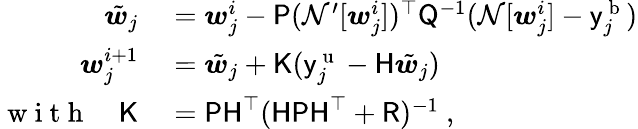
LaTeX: \begin{array}{rl}{\tilde{\boldsymbol{w}}_{j}}&{{}=\boldsymbol{w}_{j}^{i}-\mathsf{P}(\mathcal{N}^{\prime}[\boldsymbol{w}_{j}^{i}])^{\top}\mathsf{Q}^{-1}(\mathcal{N}[\boldsymbol{w}_{j}^{i}]-\mathsf{y}_{j}^{\mathrm{~b~}})}\\ {\boldsymbol{w}_{j}^{i+1}}&{{}=\tilde{\boldsymbol{w}}_{j}+\mathsf{K}(\mathsf{y}_{j}^{\mathrm{~u~}}-\mathsf{H}\tilde{\boldsymbol{w}}_{j})}\\ {\mathrm{~w~i~t~h~}\quad\mathsf{K}}&{{}=\mathsf{PH}^{\top}(\mathsf{HPH}^{\top}+\mathsf{R})^{-1}\mathrm{~,~}}\end{array}